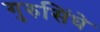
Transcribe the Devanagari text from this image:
गुरुसिंघे